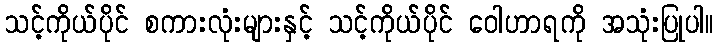
သင့်ကိုယ်ပိုင် စကားလုံးများနှင့် သင့်ကိုယ်ပိုင် ဝေါဟာရကို အသုံးပြုပါ။